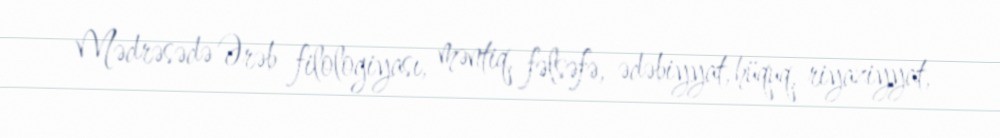
Mədrəsədə Ərəb filologiyası, məntiq, fəlsəfə, ədəbiyyat, hüquq, riyaziyyat,